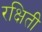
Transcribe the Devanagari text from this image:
रक्षिती